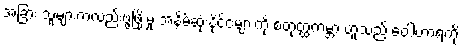
အခြား သူများကလည်းဖွံ့ဖြိုးမှု အနိမ့်ဆုံးနိုင်ငံများကို စတုတ္ထကမ္ဘာ ဟူသည့် ဝေါဟာရကို